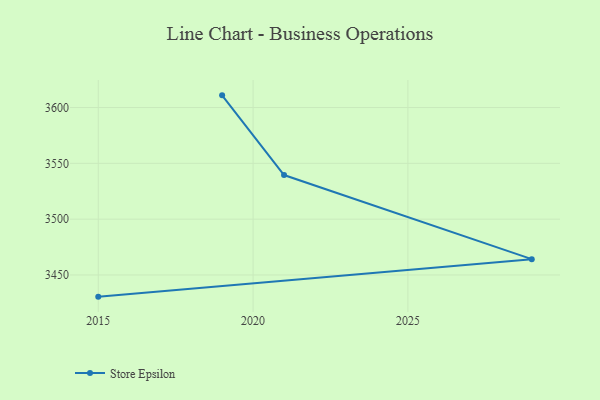
{"axis": {"x": "Year", "y": "LTV (USD)"}, "legend": ["Store Epsilon"], "data": [{"x": "2015", "y": 3430.6, "type": "Store Epsilon"}, {"x": "2029", "y": 3464.2, "type": "Store Epsilon"}, {"x": "2021", "y": 3539.5, "type": "Store Epsilon"}, {"x": "2019", "y": 3610.9, "type": "Store Epsilon"}]}